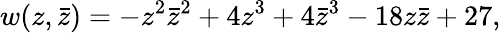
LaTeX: w(z,\bar{z})=-z^{2}\bar{z}^{2}+4z^{3}+4\bar{z}^{3}-18z\bar{z}+27,